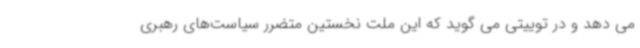
می دهد و در توییتی می گوید که این ملت نخستین متضرر سیاست‌های رهبری